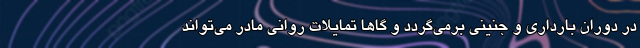
در دوران بارداری و جنینی برمی‌گردد و گاها تمایلات روانی مادر می‌تواند